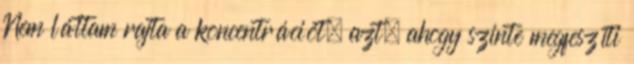
Nem láttam rajta a koncentrációt, azt, ahogy szinte megfeszíti